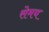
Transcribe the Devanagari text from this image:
सेमय